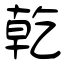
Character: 乾